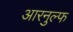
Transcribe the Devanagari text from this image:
आरनुल्फ